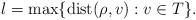
LaTeX: \begin{align*} l=\max\{\textnormal{dist}(\rho,v):v\in T \}. \end{align*}